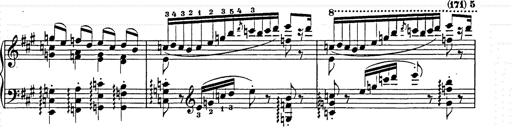
Title: Hungarian Rhapsody No.15
Composer: Franz Liszt
Key: A minor